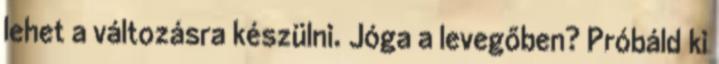
lehet a változásra készülni. Jóga a levegőben? Próbáld ki